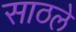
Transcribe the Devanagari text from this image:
साठले